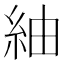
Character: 紬